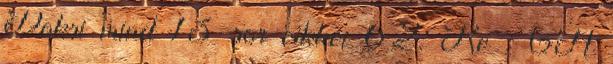
Doksi mind 13 sor cikkei 62. Re : GA